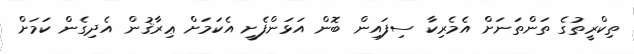
ތިކްރީތުގެ ތަންތަނަށް އެމެރިކާ ސިފައިން ބޮން އަޅަންފެށީ އެކަމަށް ޢިރާޤުން އެދިގެން ކަމަށް